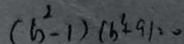
( b ^ { 2 } - 1 ) ( b ^ { 2 } + 9 ) = 0